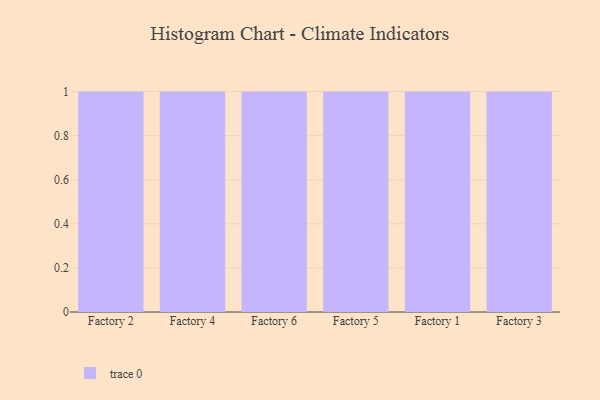
{"axis": {"x": "Factory", "y": "Customer Acquisition Cost (USD)"}, "legend": [""], "data": [{"x": "Factory 2", "y": 93, "type": ""}, {"x": "Factory 4", "y": 4, "type": ""}, {"x": "Factory 6", "y": 12, "type": ""}, {"x": "Factory 5", "y": 44, "type": ""}, {"x": "Factory 1", "y": 3, "type": ""}, {"x": "Factory 3", "y": 16, "type": ""}]}